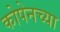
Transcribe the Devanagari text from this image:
कोपेनच्या